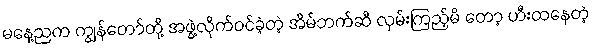
မနေ့ညက ကျွန်တော်တို့ အဖွဲ့လိုက်ဝင်ခဲ့တဲ့ အိမ်ဘက်ဆီ လှမ်းကြည့်မိ တော့ ဟီးထနေတဲ့